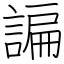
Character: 諞